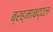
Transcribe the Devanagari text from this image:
ब्रह्माबद्दल